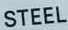
STEEL